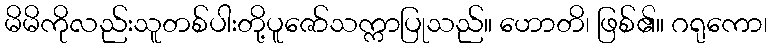
မိမိကိုလည်းသူတစ်ပါးတို့ပူဇော်သက္ကာပြုသည်။ ဟောတိ၊ ဖြစ်၏။ ဂရုကော၊